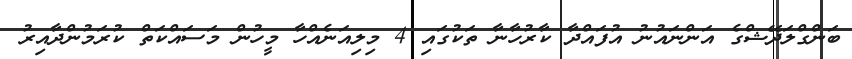
ބަންގްލަދޭޝްގެ އަންނައުނު އުފައްދާ ކާރުހާނާ ތަކުގައި 4 މިލިއަނެއްހާ މީހުން މަސައްކަތް ކުރަމުންދާއިރު